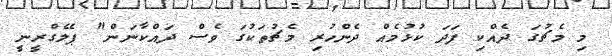
މި މެޗުގަ ދެއްކި ފަދަ ކުޅުމެއް ދެންހުރި މެޗުތަކުގަ ވެސް ދައްކާނަން" ޕެލެގްރީނީ